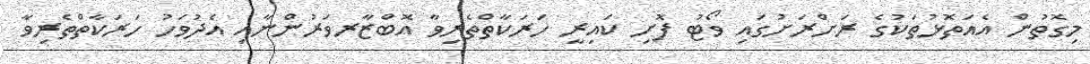
މިގޮތުން އެއަތޮޅުތަކުގެ ރަށްރަށުގައި ވޯޓު ފޮށި ކައިރީ ހަރަކާތްތެރިވާ އޮބްޒާރވަރުންނާއި އެދުވަހު ހަރަކާތްތެރިވާ